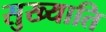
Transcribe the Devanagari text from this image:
सुख्याति